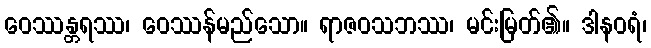
ဝေဿန္တရဿ၊ ဝေဿန်မည်သော။ ရာဇဝသဘဿ၊ မင်းမြတ်၏။ ဒါနဝရံ၊